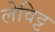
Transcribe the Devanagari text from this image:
लेविट्ट